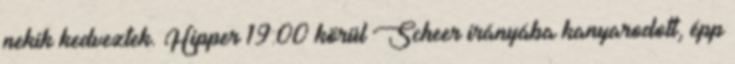
nekik kedveztek. Hipper 19:00 körül Scheer irányába kanyarodott, épp